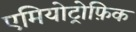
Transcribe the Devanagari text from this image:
एमियोट्रोफ़िक